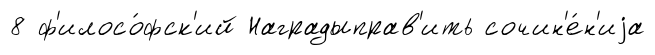
8 ф'илосо́фск'ий Наградыправ'ить сочин'е́н'иjа